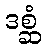
ဒစ္ဆံ